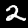
Digit: 2